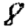
Digit: 8